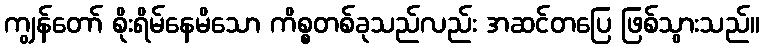
ကျွန်တော် စိုးရိမ်နေမိသော ကိစ္စတစ်ခုသည်လည်း အဆင်တပြေ ဖြစ်သွားသည်။